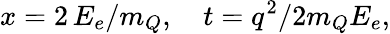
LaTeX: x=2\, E_{e}/m_{Q},\quad t=q^{2}/2m_{Q}E_{e},